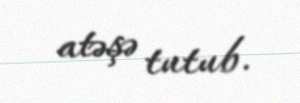
atəşə tutub.